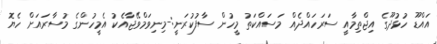
އައްޑޫ ހުޅުދޫގެ އިޖްތިމާއީ ސަރަހައްދެއް މަސައްކަތު މީހުން ސާފުކުރަނީ:-މިނިވަމްވޭޖާއެކު އެމީހުންގެ މުސާރައަށް ހެޔޮ